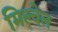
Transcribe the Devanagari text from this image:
मिल्वेल